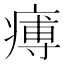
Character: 𤸵